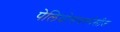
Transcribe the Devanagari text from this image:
पेलियोसबस्पेसीज